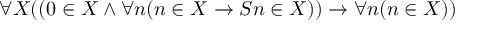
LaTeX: \forall X ( ( 0 \in X \land \forall n ( n \in X \rightarrow S n \in X ) ) \rightarrow \forall n ( n \in X ) )